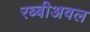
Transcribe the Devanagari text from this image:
रब्बीअवल